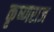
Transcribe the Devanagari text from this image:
कृष्‍णराज